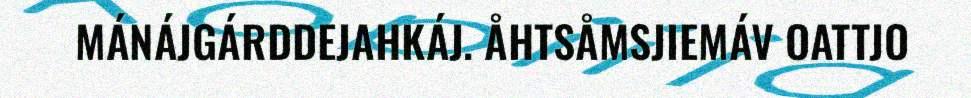
MÁNÁJGÁRDDEJAHKÁJ. ÅHTSÅMSJIEMÁV OATTJO